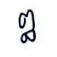
ឰ